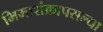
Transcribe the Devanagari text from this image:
भिमाशंक्रापसल्या